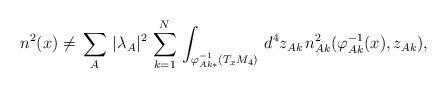
LaTeX: \begin{align*}n^2(x)\neq\,\sum_A\,|\lambda_A|^2\,\sum^N_{k=1}\,\int_{\varphi^{-1}_{Ak*}(T_xM_4)} \,d^4z_{Ak}\,n^2_{Ak}(\varphi^{-1}_{Ak}(x),z_{Ak}),\end{align*}